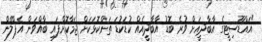
"އައްޑޫސިޓީގެ އާބާދީއަށް ވުރެ ބޮޑު އާބާދީއެއް ކުޑަކުޑަ ތަންކޮޅަކަށް ޖަމާކޮށްފައި ބާއްވަން އެޕްލޭން